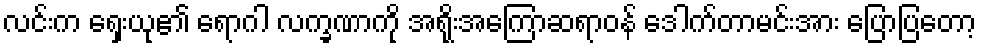
လင်းက ရှေးယု၏ ရောဂါ လက္ခဏာကို အရိုးအကြောဆရာဝန် ဒေါက်တာမင်းအား ပြောပြတော့